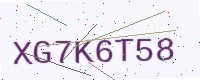
Text: XG7K6T58